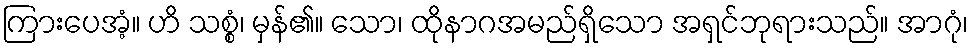
ကြားပေအံ့။ ဟိ သစ္စံ၊ မှန်၏။ သော၊ ထိုနာဂအမည်ရှိသော အရှင်ဘုရားသည်။ အာဂုံ၊